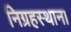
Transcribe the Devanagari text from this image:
निग्रहस्थान।